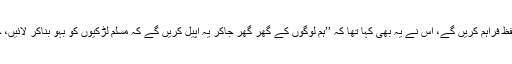
ایسے حالات میں ہم پہلے ان کی شادی کرائیں گے اور انہیں پوری طرح تحفظ فراہم کریں گے، اس نے یہ بھی کہا تھا کہ ’’ہم لوگوں کے گھر گھر جاکر یہ اپیل کریں گے کہ مسلم لڑکیوں کو بہو بناکر لائیں، جو ہندو مسلم لڑکی کو بہو بنائے گا وہ اپنے دھرم کے لئے بڑا کام کرے گا۔